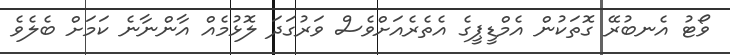
ވޯޓު އެނބުރޭ ގޮތަކުން އެމްޑީޕީގެ އެތެރެއަށްވެސް ވަރުގަދަ ލޮޅުމެއް އާންނާނެ ކަމަށް ބެލެވެ